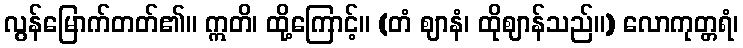
လွန်မြောက်တတ်၏။ ဣတိ၊ ထို့ကြောင့်။ (တံ ဈာနံ၊ ထိုဈာန်သည်။) လောကုတ္တရံ၊